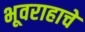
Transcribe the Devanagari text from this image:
भूवराहाचे